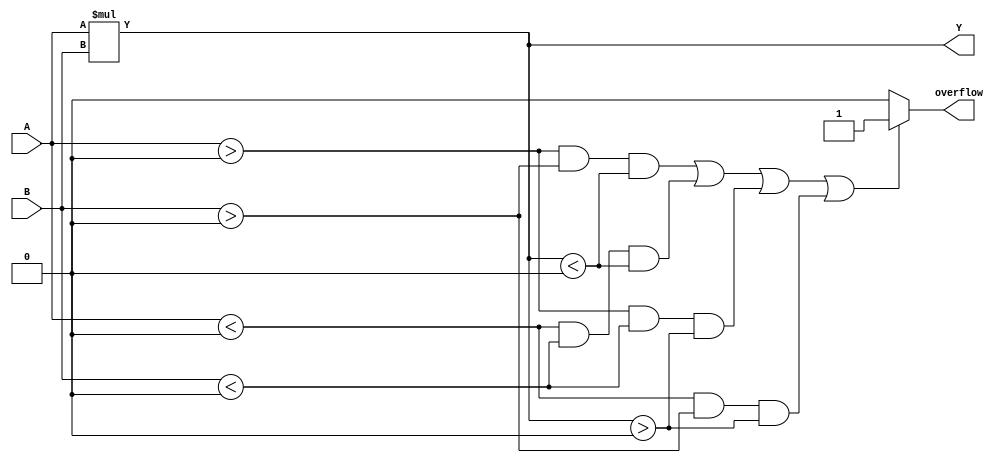
module parameterized_multiplier #(
    parameter WIDTH_A = 8,  // Width of first operand
    parameter WIDTH_B = 8,  // Width of second operand
    parameter WIDTH_Y = WIDTH_A + WIDTH_B // Output width
)(
    input signed [WIDTH_A-1:0] A,  // First operand
    input signed [WIDTH_B-1:0] B,  // Second operand
    output reg signed [WIDTH_Y-1:0] Y,  // Product output
    output reg overflow  // Overflow flag
);

    // Always block to perform multiplication
    always @(*) begin
        // Perform multiplication
        Y = A * B;

        // Check for overflow
        if ((A > 0 && B > 0 && Y < 0) || (A < 0 && B < 0 && Y < 0) || (A > 0 && B < 0 && Y > 0) || (A < 0 && B > 0 && Y > 0)) begin
            overflow = 1'b1; // Set overflow flag
        end else begin
            overflow = 1'b0; // No overflow
        end
    end

endmodule